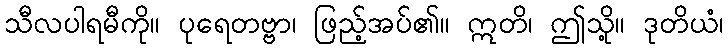
သီလပါရမီကို။ ပုရေတဗ္ဗာ၊ ဖြည့်အပ်၏။ ဣတိ၊ ဤသို့။ ဒုတိယံ၊